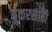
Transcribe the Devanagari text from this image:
बुकरसाठी